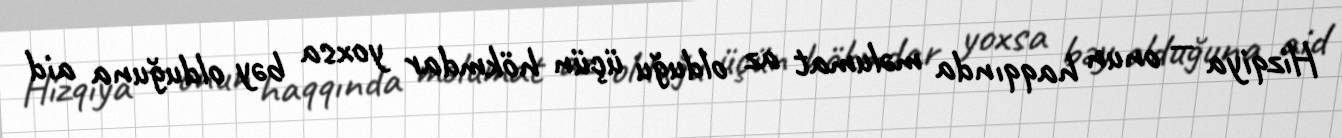
Hizqiya — onun haqqında məlumat az olduğu üçün hökmdar yoxsa bəy olduğuna aid